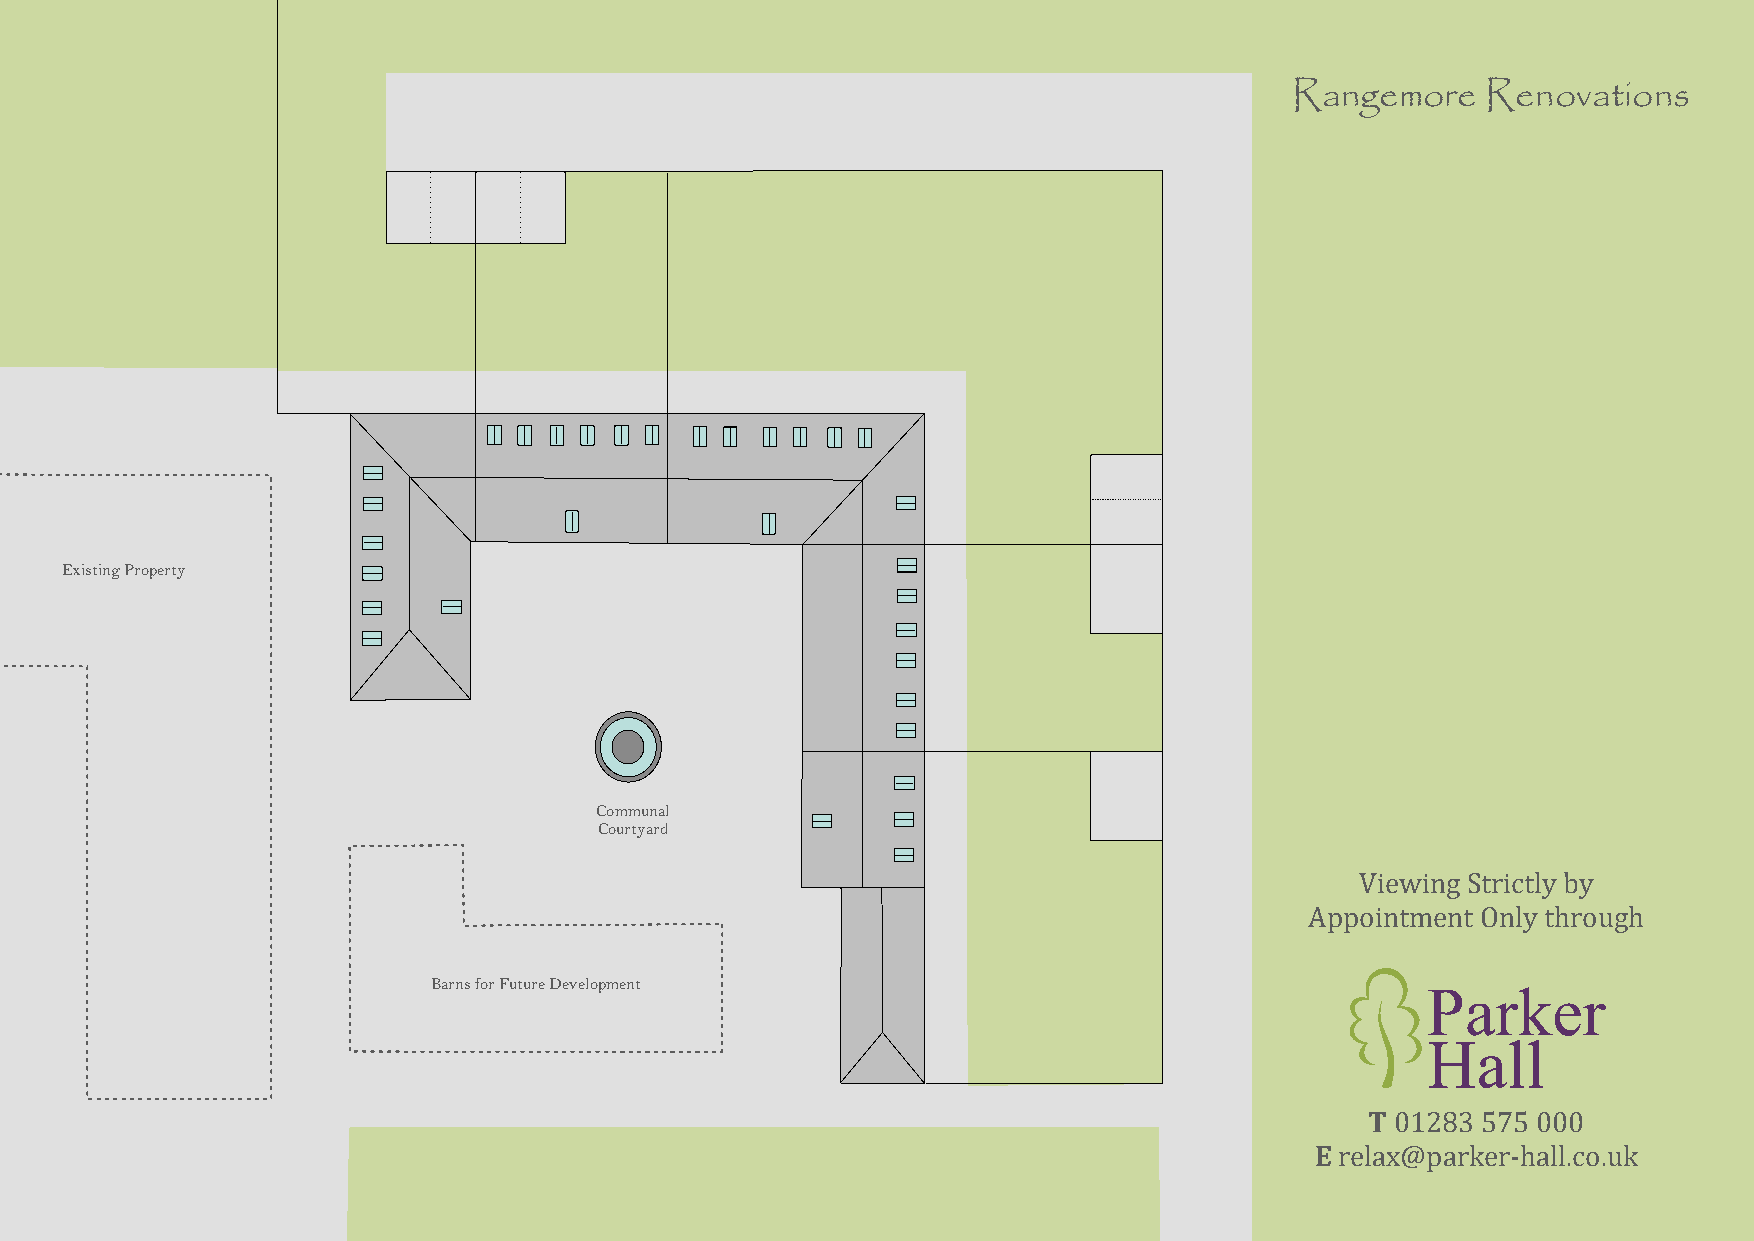
Rangemore   Renovations
 Existing Property
 Communal
 Courtyard
 Viewing Strictly by
 Appointment Only through
 Barns for Future Development                                     Parker
 Hall
 T 01283 575 000
 E relax@parker-hall.co.uk